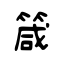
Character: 箴